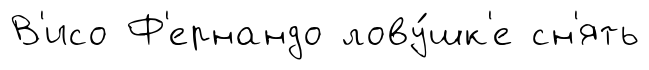
В'исо Ф'ернандо лову́шк'е сн'ять